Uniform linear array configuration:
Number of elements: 24
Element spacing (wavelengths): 1
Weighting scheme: binomial
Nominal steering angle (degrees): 60
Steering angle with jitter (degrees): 59.836
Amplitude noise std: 0.05
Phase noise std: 0.05

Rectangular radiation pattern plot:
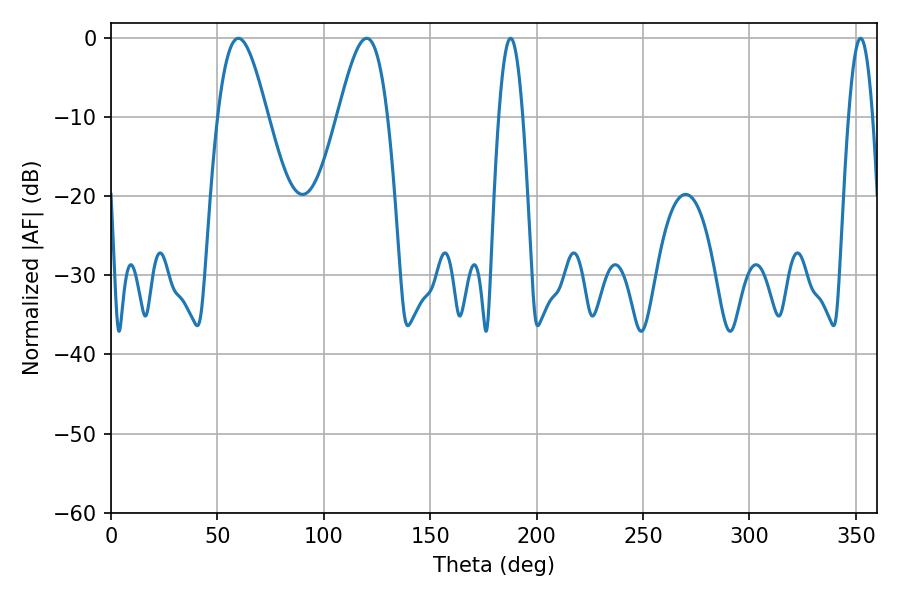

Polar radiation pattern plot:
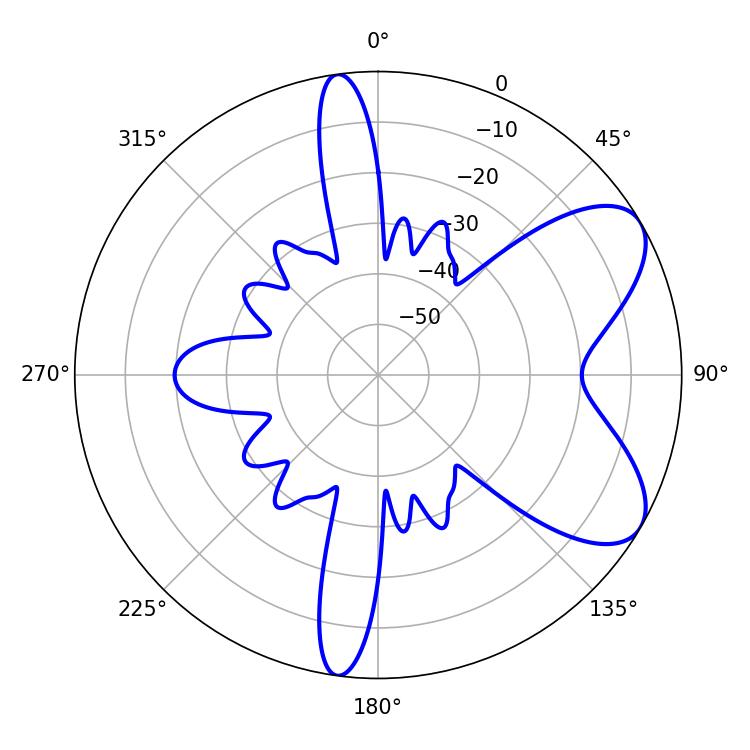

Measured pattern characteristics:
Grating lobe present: TRUE
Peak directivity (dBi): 7.113
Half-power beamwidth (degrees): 6.12
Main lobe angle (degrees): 187.74